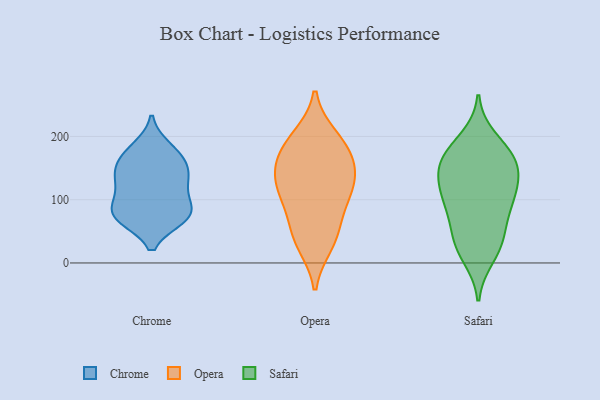
{"axis": {"x": "Page Views", "y": "Value"}, "legend": ["Chrome", "Opera", "Safari"], "data": [{"x": "", "y": 71, "type": "Chrome"}, {"x": "", "y": 182, "type": "Chrome"}, {"x": "", "y": 77, "type": "Chrome"}, {"x": "", "y": 124, "type": "Chrome"}, {"x": "", "y": 166, "type": "Chrome"}, {"x": "", "y": 96, "type": "Chrome"}, {"x": "", "y": 144, "type": "Chrome"}, {"x": "", "y": 114, "type": "Chrome"}, {"x": "", "y": 73, "type": "Chrome"}, {"x": "", "y": 173, "type": "Chrome"}, {"x": "", "y": 77, "type": "Chrome"}, {"x": "", "y": 74, "type": "Chrome"}, {"x": "", "y": 138, "type": "Chrome"}, {"x": "", "y": 147, "type": "Chrome"}, {"x": "", "y": 167, "type": "Opera"}, {"x": "", "y": 198, "type": "Opera"}, {"x": "", "y": 126, "type": "Opera"}, {"x": "", "y": 98, "type": "Opera"}, {"x": "", "y": 191, "type": "Opera"}, {"x": "", "y": 147, "type": "Opera"}, {"x": "", "y": 169, "type": "Opera"}, {"x": "", "y": 122, "type": "Opera"}, {"x": "", "y": 31, "type": "Opera"}, {"x": "", "y": 58, "type": "Opera"}, {"x": "", "y": 112, "type": "Opera"}, {"x": "", "y": 40, "type": "Opera"}, {"x": "", "y": 95, "type": "Safari"}, {"x": "", "y": 149, "type": "Safari"}, {"x": "", "y": 84, "type": "Safari"}, {"x": "", "y": 117, "type": "Safari"}, {"x": "", "y": 161, "type": "Safari"}, {"x": "", "y": 32, "type": "Safari"}, {"x": "", "y": 174, "type": "Safari"}, {"x": "", "y": 137, "type": "Safari"}, {"x": "", "y": 39, "type": "Safari"}, {"x": "", "y": 10, "type": "Safari"}, {"x": "", "y": 121, "type": "Safari"}, {"x": "", "y": 166, "type": "Safari"}, {"x": "", "y": 167, "type": "Safari"}, {"x": "", "y": 73, "type": "Safari"}, {"x": "", "y": 196, "type": "Safari"}, {"x": "", "y": 107, "type": "Safari"}, {"x": "", "y": 28, "type": "Safari"}]}